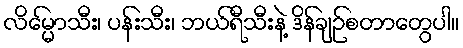
လိမ္မော်သီး၊ ပန်းသီး၊ ဘယ်ရီသီးနဲ့ ဒိန်ချဉ်စတာတွေပါ။